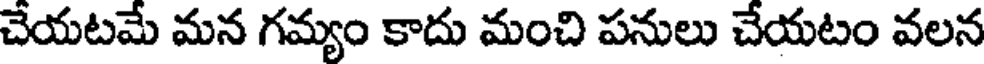
చేయటమే మన గమ్యం కాదు మంచి పనులు చేయటం వలన